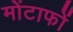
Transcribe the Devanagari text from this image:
मोंटाफों